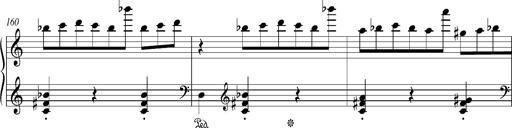
Title: Bagatelle sans tonalitÃ©
Composer: Franz Liszt